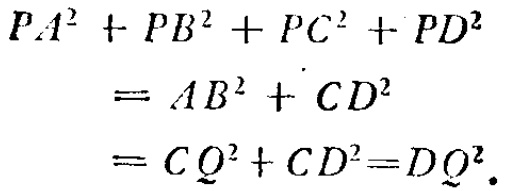
\[
\begin{align*}
PA^{2}+PB^{2}+PC^{2}+PD^{2}&=AB^{2}+CD^{2}\\
&=CQ^{2}+CD^{2}=DQ^{2}.
\end{align*}
\]